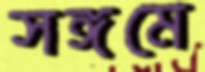
সঙ্গমে